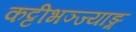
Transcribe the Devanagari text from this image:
कट्टीभञ्ज्याङ्ग